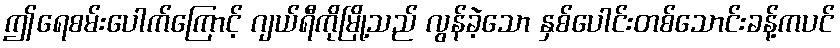
ဤရေစမ်းပေါက်ကြောင့် ဂျယ်ရီကိုမြို့သည် လွန်ခဲ့သော နှစ်ပေါင်းတစ်သောင်းခန့်ကပင်